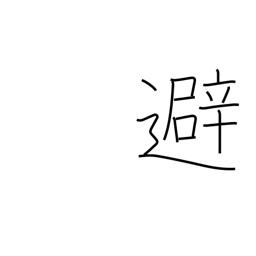
Meaning: avoid